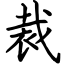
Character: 裁